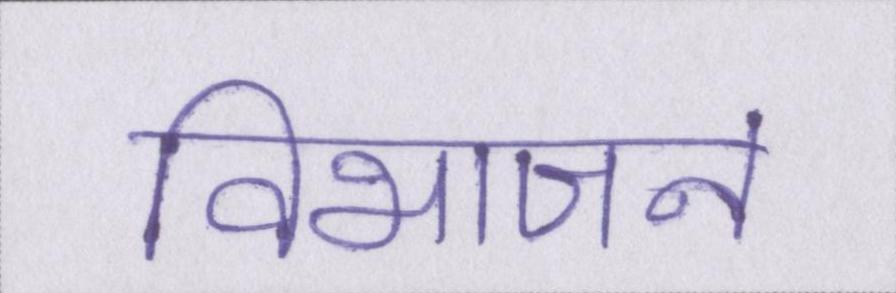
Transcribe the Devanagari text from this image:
विभाजन